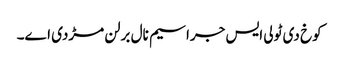
کوخ دی ٹولی ایس جراسیم نال برلن مڑدی اے۔